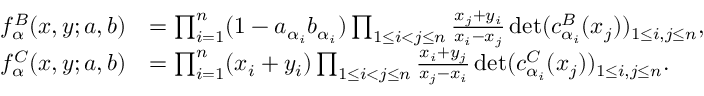
\begin{array} { r l } { f _ { \alpha } ^ { B } ( x , y ; a , b ) } & { = \prod _ { i = 1 } ^ { n } ( 1 - a _ { \alpha _ { i } } b _ { \alpha _ { i } } ) \prod _ { 1 \leq i < j \leq n } \frac { x _ { j } + y _ { i } } { x _ { i } - x _ { j } } \operatorname* { d e t } ( c _ { \alpha _ { i } } ^ { B } ( x _ { j } ) ) _ { 1 \leq i , j \leq n } , } \\ { f _ { \alpha } ^ { C } ( x , y ; a , b ) } & { = \prod _ { i = 1 } ^ { n } ( x _ { i } + y _ { i } ) \prod _ { 1 \leq i < j \leq n } \frac { x _ { i } + y _ { j } } { x _ { j } - x _ { i } } \operatorname* { d e t } ( c _ { \alpha _ { i } } ^ { C } ( x _ { j } ) ) _ { 1 \leq i , j \leq n } . } \end{array}